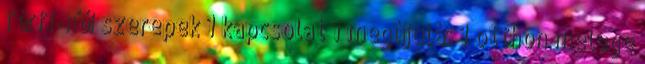
férfi-női szerepek 1 kapcsolat 1 megújulás 1 otthon melege